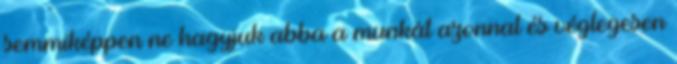
semmiképpen ne hagyjuk abba a munkát azonnal és véglegesen